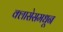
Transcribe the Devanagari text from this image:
क्लासेसमधून